38_143685_box7_Incident_Summaries_1-100
Agency: Department of War
Page 176
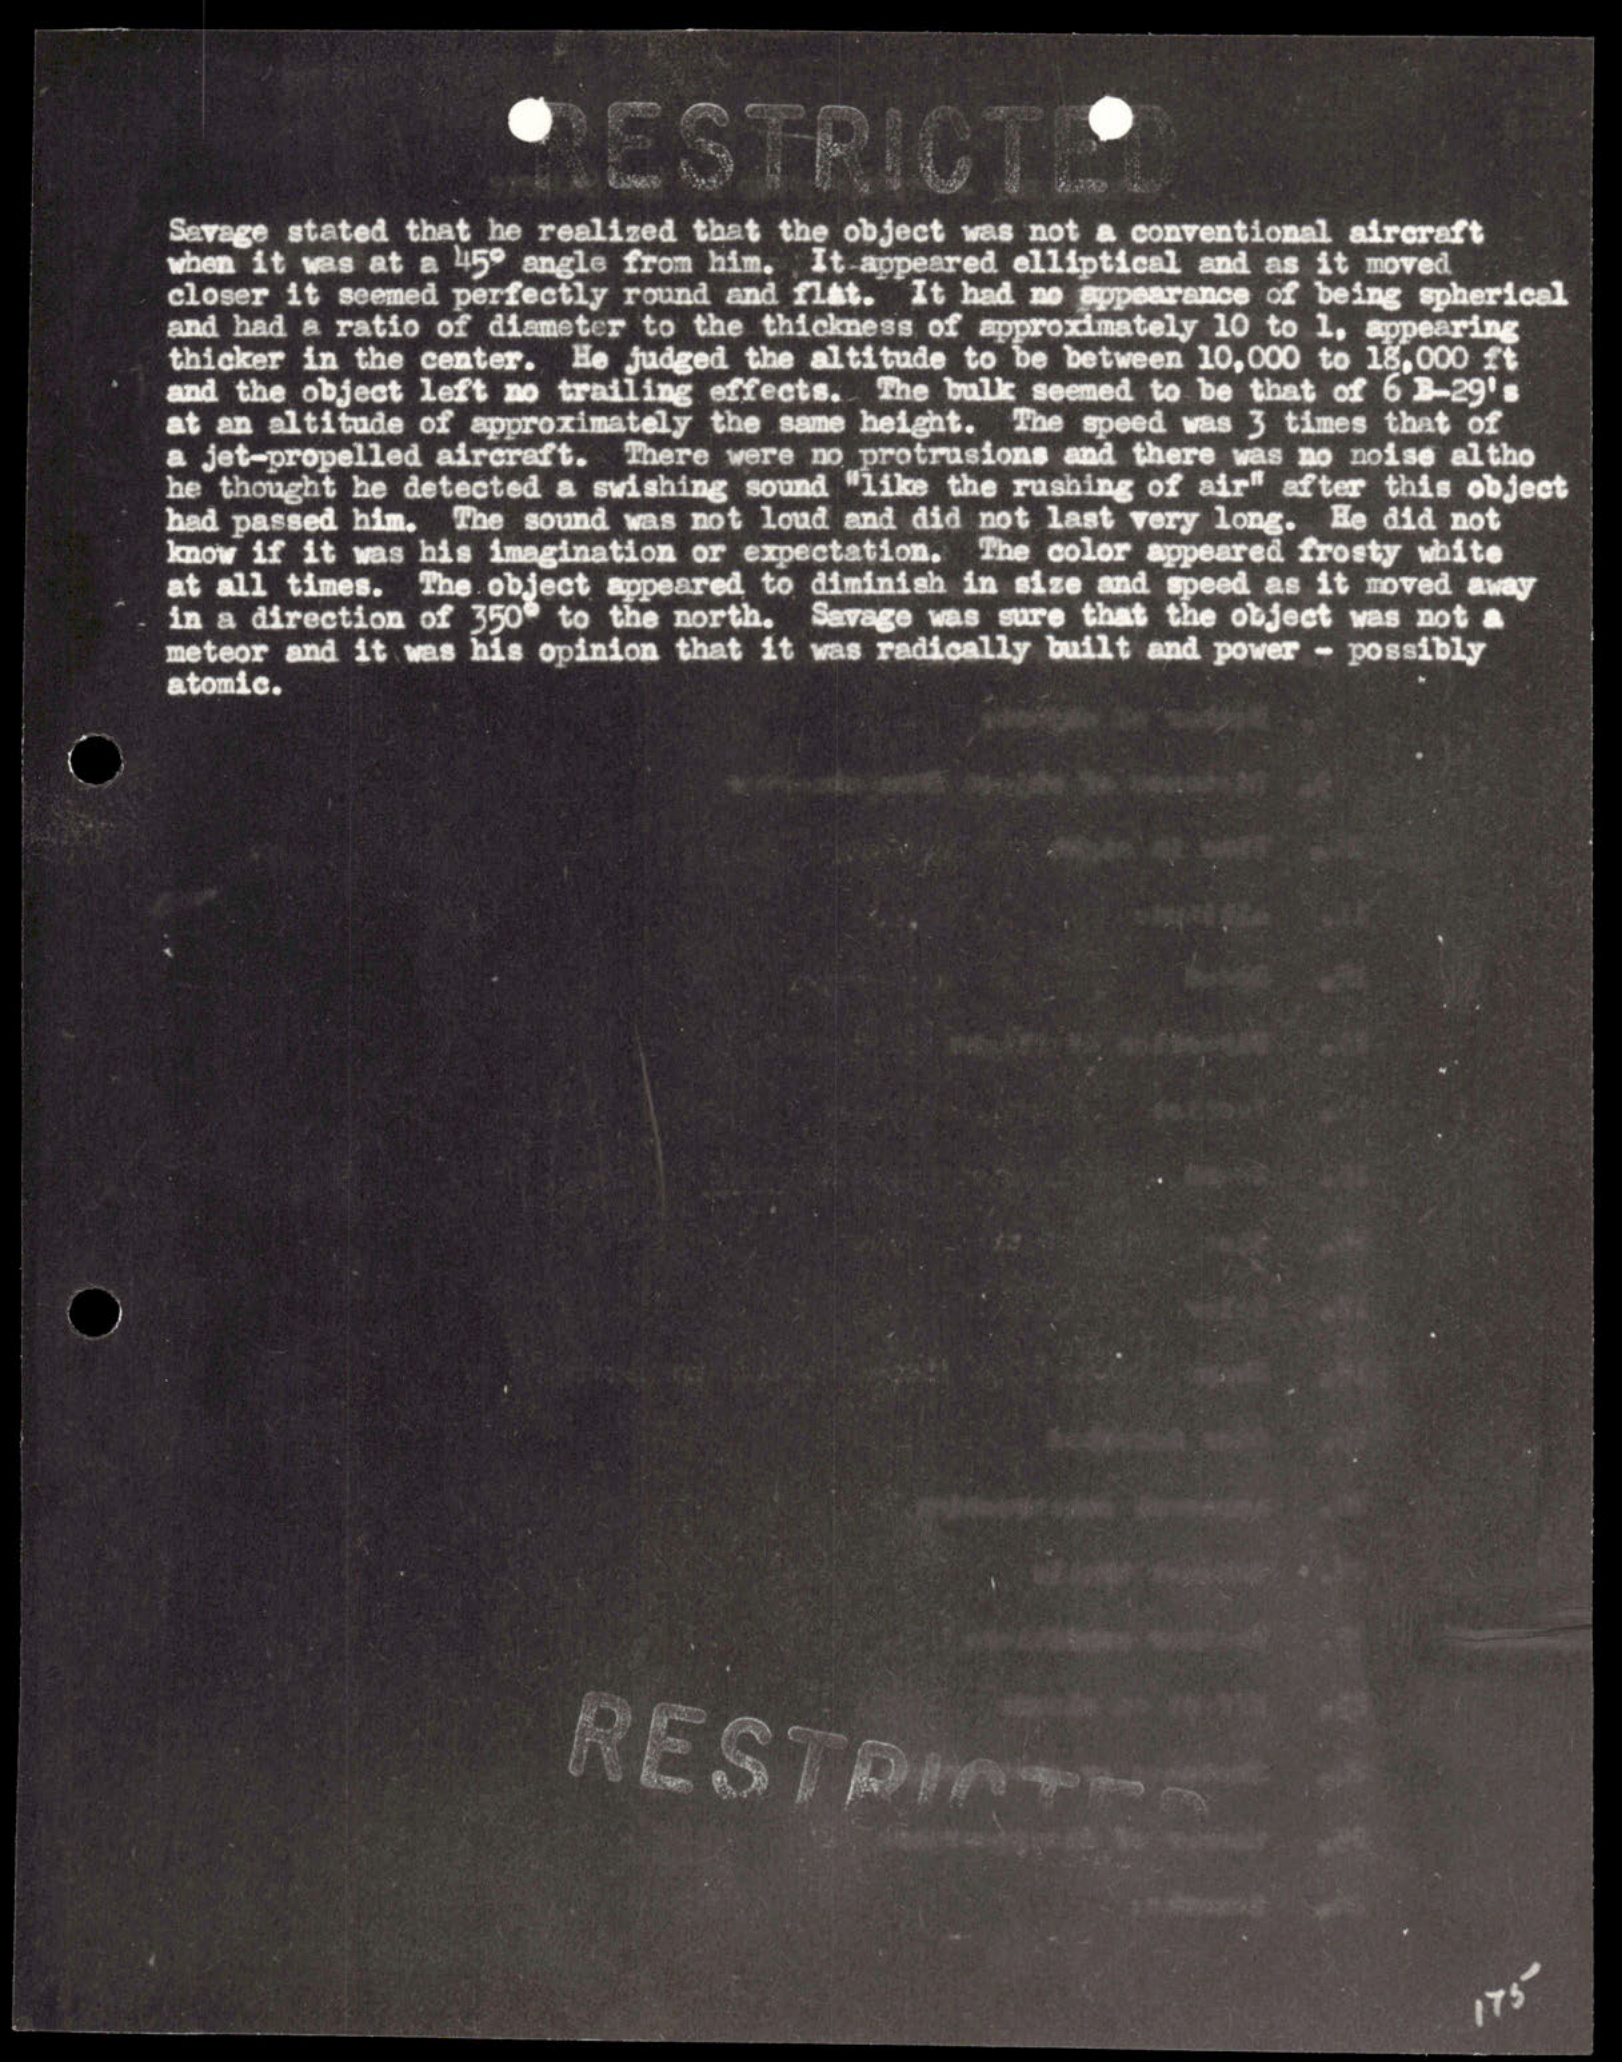